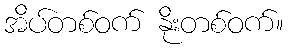
အိပ်တစ်ဝက် နိုးတစ်ဝက်။